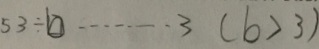
5 3 \div b \cdots 3 ( b > 3 )